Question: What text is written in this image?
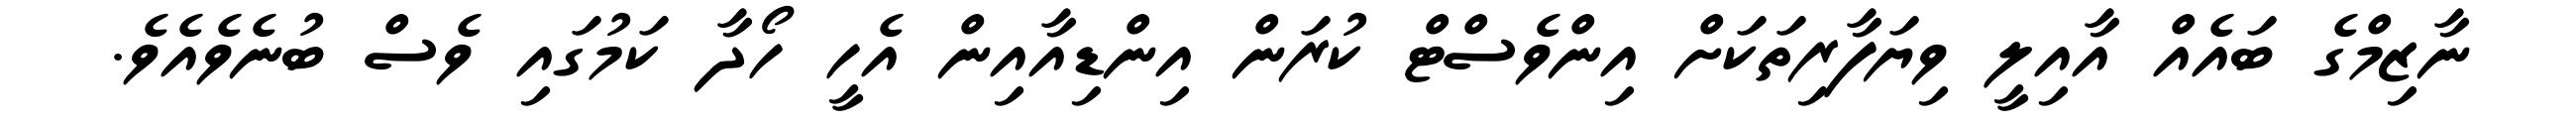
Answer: ނާޒިމްގެ ބައެއް އާއިލީ ވިޔަފާރިތަކަށް އިންވެސްޓް ކުރަން އިންޑިއާއިން އެހީ ހޯދާ ކަމުގައި ވެސް ބުނެވެއެވެ.